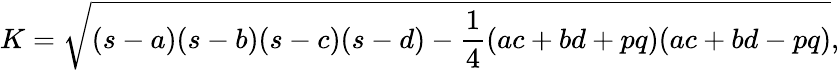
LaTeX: K={\sqrt{(s-a)(s-b)(s-c)(s-d)-{\frac{1}{4}}(ac+bd+pq)(ac+bd-pq)}},